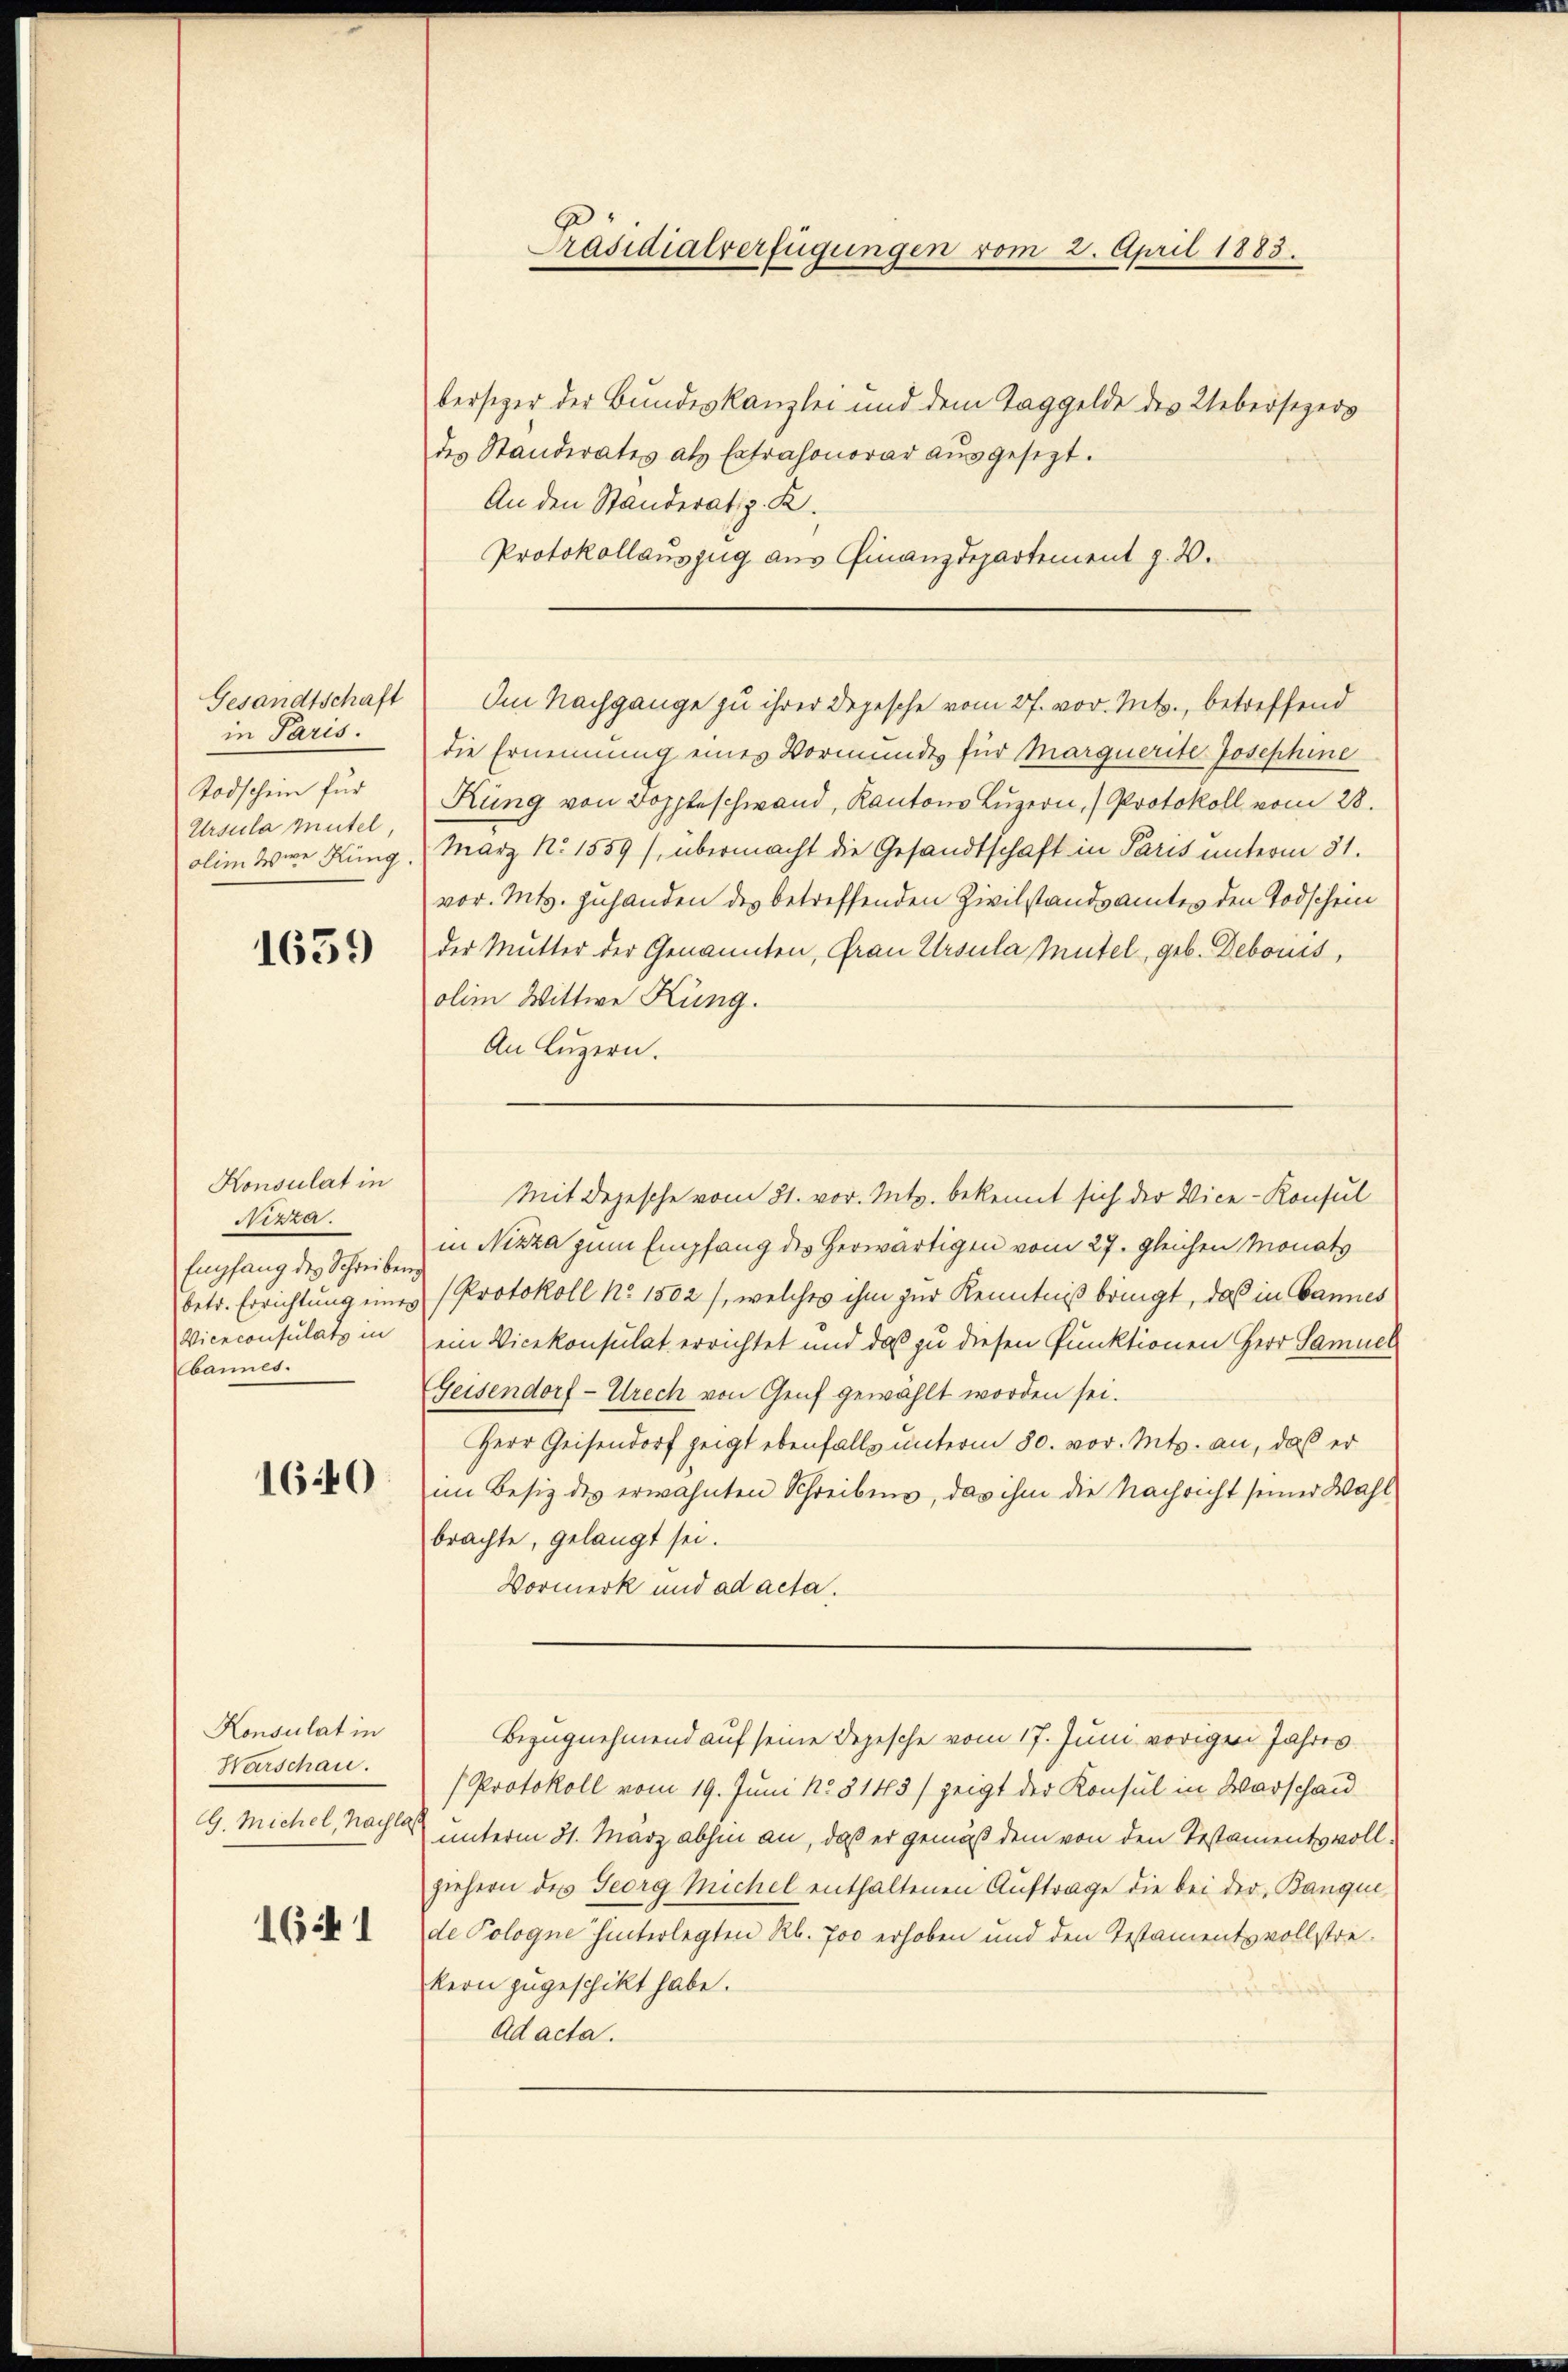
Gesandtschaft
in Paris.
Todschein für
Ursula Mutel,
olim Were Kung.

1639

Konsulat in
Nizza.
Empfang des Schreiben
betr. Errichtung ein
Vieeconsulats in
bannes.

1640.

Konsulat in
Warschau.
G. Michel, Nachla

1641

die Ernennung eines Vormundes für Marquerite Josephine
Rung von Doppleschwand, Kantons Luzern, (Protokoll vom 28.
März No. 1559), übermacht die Gesandtschaft in Paris unterm 31.
vor. Mts. zuhanden des betreffenden Zivilstandsamtes den Todschein
der Mutter der Genannten, Frau Ursula Mutel, geb. Debonis,
olim Wittwe Küng.
An Luzern.
in Nizza zum Empfang des herwärtigen vom 27. gleichen Monats
Protokoll No 1502), welches ihm zur Kenntniß bringt, daß in Bannes
ein Vicekonsulat errichtet und das zu diesen Punktionen Herr Samuel
Geisendorf- Utrech von Genf gewählt worden sei.
Herr Geisendorf zeigt ebenfalls unterm 30. vor. Mts. an, daß er
im Besiz des erwähnten Schreibens, das ihm die Nachricht seiner Wahl
brachte, gelangt sei.
Vormerk und ad acta.
Bezugnehmend auf seine Depesche vom 17. Juni vorigen Jahres
Protokoll vom 19. Juni No 5143) zeigt der Konsul in Warschau
unterm 31. März abhin an, daß er gemäß dem von den Testamentsvollziehern des Georg Michel enthaltenen Auftrage die bei der Banque
de Pologne hinterlegten Rl. 700 erhoben und den Testamentsvollstrekern zugeschickt habe.
Ad acta.

Präsidialverfügungen vom 2. April 1883.
bersizer der Bundeskanzlei und dem Taggelde des Uebersezers
des Standerates als Extrahonorar ausgesezt.
An den Standeratip. K.

Protokollauszug aus Finanzdepartement z. B.
Im Nachgange zu ihrer Depesche vom 27. vor. Mts., betreffend

Mit dejesche vom 31. vor. Mts. bekennt sich der Vice-Konsul